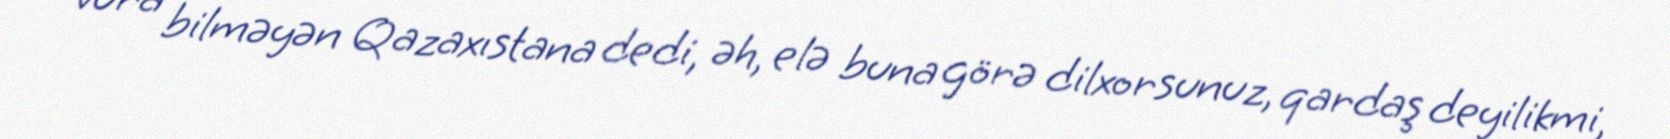
vura bilməyən Qazaxıstana dedi, əh, elə buna görə dilxorsunuz, qardaş deyilikmi,